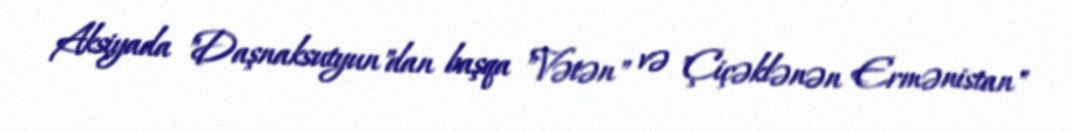
Aksiyada "Daşnaksutyun"dan başqa "Vətən" və "Çiçəklənən Ermənistan"